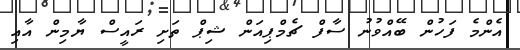
އެންމެ ފަހުން ބޭއްވުނު ސާފް ޗެމްޕިއަން ޝިޕް ތަށި ރައީސް ޔާމިން އާއި